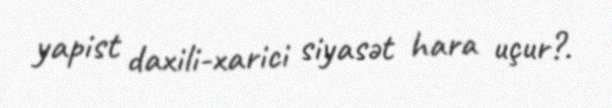
yapist daxili-xarici siyasət hara uçur?.